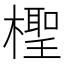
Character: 檉